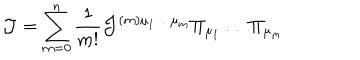
{ \cal J } = \sum _ { m = 0 } ^ { n } \frac { 1 } { m ! } { \cal J } ^ { ( m ) \mu _ { 1 } \dots \mu _ { m } } \Pi _ { \mu _ { 1 } } \dots \Pi _ { \mu _ { m } }